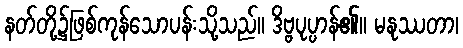
နတ်တို့၌ဖြစ်ကုန်သောပန်းသို့သည်။ ဒိဗ္ဗပုပ္ပာန်၏။ မနုဿတာ၊